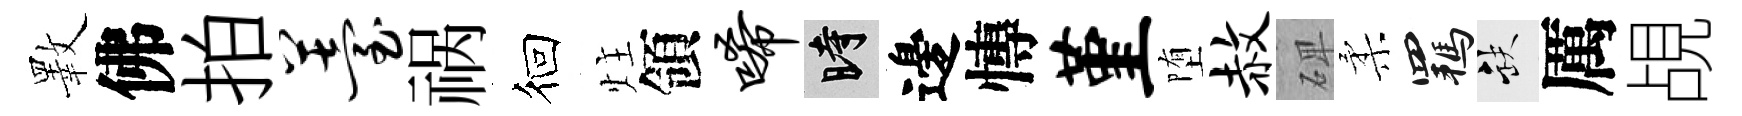
斁佛拍薹祸徊炷領唏时邊慱堇堕赦𥓓柔羈缺厲覘